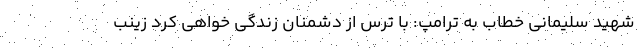
شهید سلیمانی خطاب به ترامپ: با ترس از دشمنان زندگی خواهی کرد زینب